Vaccination in Bombay 1889-1901 - 1889-1901
Year: 1889
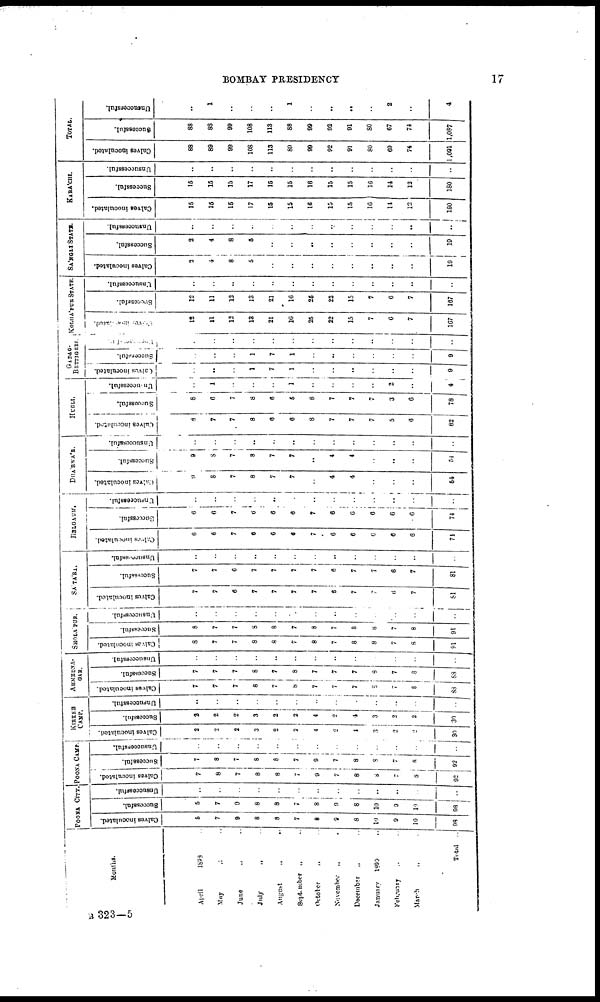
BOMBAY PRESIDENCY
17
Months.
April
1893 ..
May
„ ..
June „ ..
July „ ..
August
„ ..
September „ ..
October „ ..
November
„ ..
December
„ ..
January
1899
February „ ..
March „ ..
Total ..
POONA CITY.
Calves inoculated.
5
7
9
8
8
7
8
9
8
10
9
10
98
Successful.
5
7
9
8
8
7
8
9
8
10
9
10
98
Unsuccessful.
..
..
..
..
..
..
..
..
..
..
..
..
..
POONA CAMP.
Calves inoculated.
Successful.
7
8
7
8
8
7
9
7
8
8
7
8
92
7
8
7
8
8
7
9
7
8
8
7
8
92
Unsuccessful.
..
..
..
..
..
..
..
..
..
..
..
..
..
KIRKER
CAMP.
Calves inoculated.
2
2
2
3
2
2
4
2
4
3
2
2
30
Successful.
2
2
2
3
2
2
4
2
4
3
2
2
30
Unsuccessful.
..
..
..
..
..
..
..
..
..
..
..
..
..
AHMEDNA¬
GAR.
Calves inoculated.
7
7
7
8
7
8
7
7
7
8
7
8
88
Successful.
7
7
7
8
7
8
7
7
7
8
7
8
88
Unsuccessful.
..
..
..
..
..
..
..
..
..
..
..
..
..
SHOLA'PUR.
Calves inoculated.
8
7
7
8
8
7
8
7
8
8
7
8
91
Successful.
8
7
7
8
8
7
8
7
8
8
7
8
91
Unsuccessful.
..
..
..
..
..
..
..
..
..
..
..
..
..
SA'TA'RA.
Calves inoculated.
7
7
6
7
7
7
7
6
7
7
6
7
81
Successful.
7
7
6
7
7
7
7
6
7
7
6
7
81
Unsuccessful.
..
..
..
..
..
..
..
..
..
..
..
..
..
BELGAUM.
Calves inoculated.
6
6
7
6
6
6
7
6
6
6
6
6
74
Successful.
6
..
7
6
6
6
7
6
6
6
6
6
74
Unsuccessful.
..
..
..
..
..
..
..
..
..
..
..
..
..
DHA'RWA'R.
Calves inoculated.
9
8
7
8
7
7
..
4
4
..
..
..
54
Successful.
9
8
7
8
7
7
..
4
4
..
..
..
54
Unsuccessful.
..
..
..
..
..
..
..
..
..
..
..
..
..
HUBLI.
Calves inoculated.
8
7
7
8
6
6
8
7
7
7
5
6
82
Successful.
8
6
7
8
6
5
8
7
7
7
3
6
78
Unsuccessful.
..
1
..
..
..
1
..
..
..
..
2
..
4
GADAG¬
BETTIGERI.
Calves inoculated.
..
..
..
1
7
1
..
..
..
..
..
..
9
Successful.
..
..
..
1
7
1
..
..
..
..
..
..
9
Unsuccessful.
..
..
..
..
..
..
..
..
..
..
..
..
..
KOLHA'PUR STATE
Calves Inoculated
12
11
12
13
21
16
25
22
15
7
6
7
167
Successful.
12
11
12
13
21
16
25
22
15
7
6
7
167
Unsuccessful.
..
..
..
..
..
..
..
..
..
..
..
..
..
SA'NGLI STATE.
Calves inoculated.
2
4
8
5
..
..
..
..
..
..
..
..
19
Successful.
2
4
8
5
..
..
..
..
..
..
..
..
19
Unsuccessful.
..
..
..
..
..
..
..
..
..
..
..
..
..
KARA'CHI.
Calves inoculated.
15
15
15
17
15
15
16
15
15
16
11
12
180
Successful.
15
15
15
17
15
15
16
15
15
16
14
12
180
Unsuccessful.
..
..
..
..
..
..
..
..
..
..
..
..
..
TOTAL.
Calves inoculated.
88
89
99
108
113
89
99
92
91
80
69
74
1,091
Successful.
88
88
99
108
113
88
99
92
91
80
67
74
1,087
Unsuccessful.
..
1
..
..
..
1
..
..
..
..
2
..
4
B 323—5